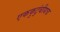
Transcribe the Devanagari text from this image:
एककुटुंबीयच